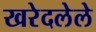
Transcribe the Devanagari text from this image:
खरेदलेले